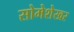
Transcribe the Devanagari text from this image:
सोमेशेखर